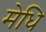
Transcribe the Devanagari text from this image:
मेधि